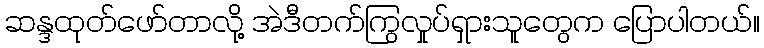
ဆန္ဒထုတ်ဖော်တာလို့ အဲဒီတက်ကြွလှုပ်ရှားသူတွေက ပြောပါတယ်။